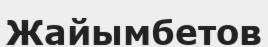
Жайымбетов